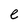
Character: e